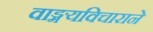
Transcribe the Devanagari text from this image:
वाङ्मयविचाराने